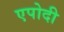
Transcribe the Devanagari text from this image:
एपोदी